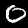
Digit: 0